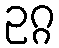
ဥဂ္ဂ